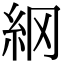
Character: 䋄